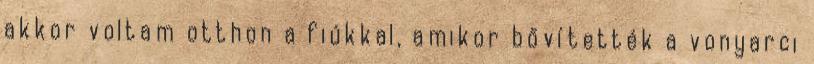
akkor voltam otthon a fiúkkal, amikor bővítették a vonyarci